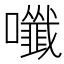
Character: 𡄑